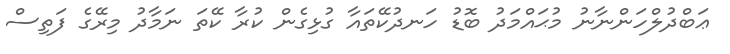
ޢަބްދުލްހަންނާނު މުޙައްމަދު ބޮޑު ހަނދުކޭތައާ ގުޅިގެން ކުރާ ކޭތަ ނަމާދު މިރޭގެ ފަތިސް